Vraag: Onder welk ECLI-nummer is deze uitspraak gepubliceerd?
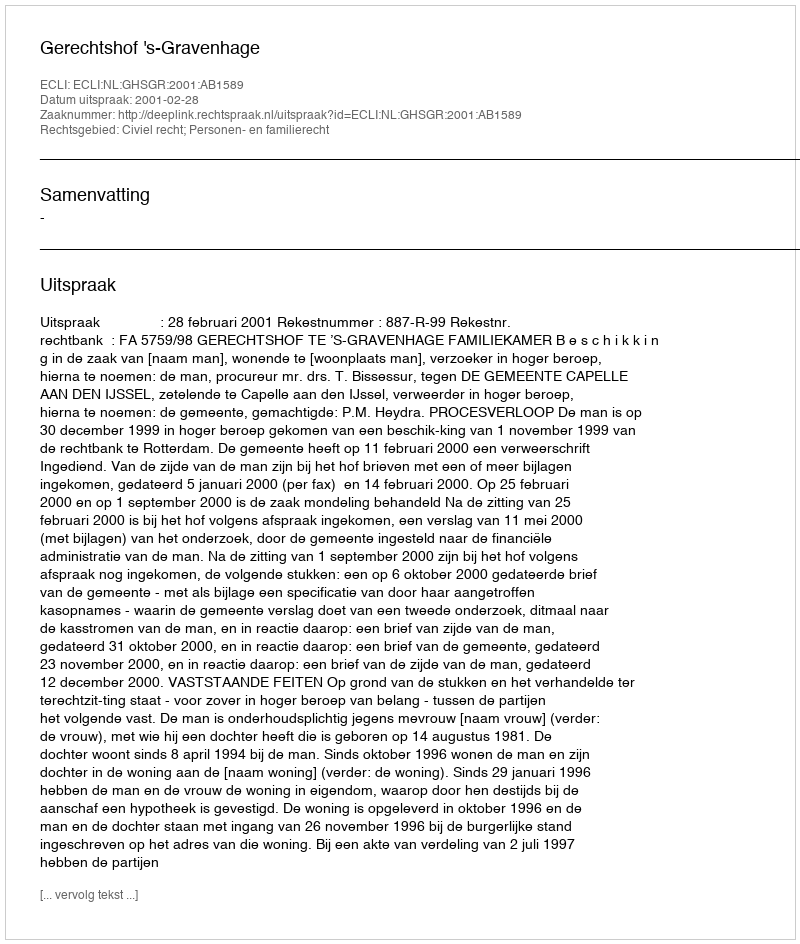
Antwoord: ECLI:NL:GHSGR:2001:AB1589